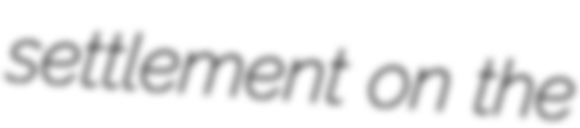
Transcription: settlement on the